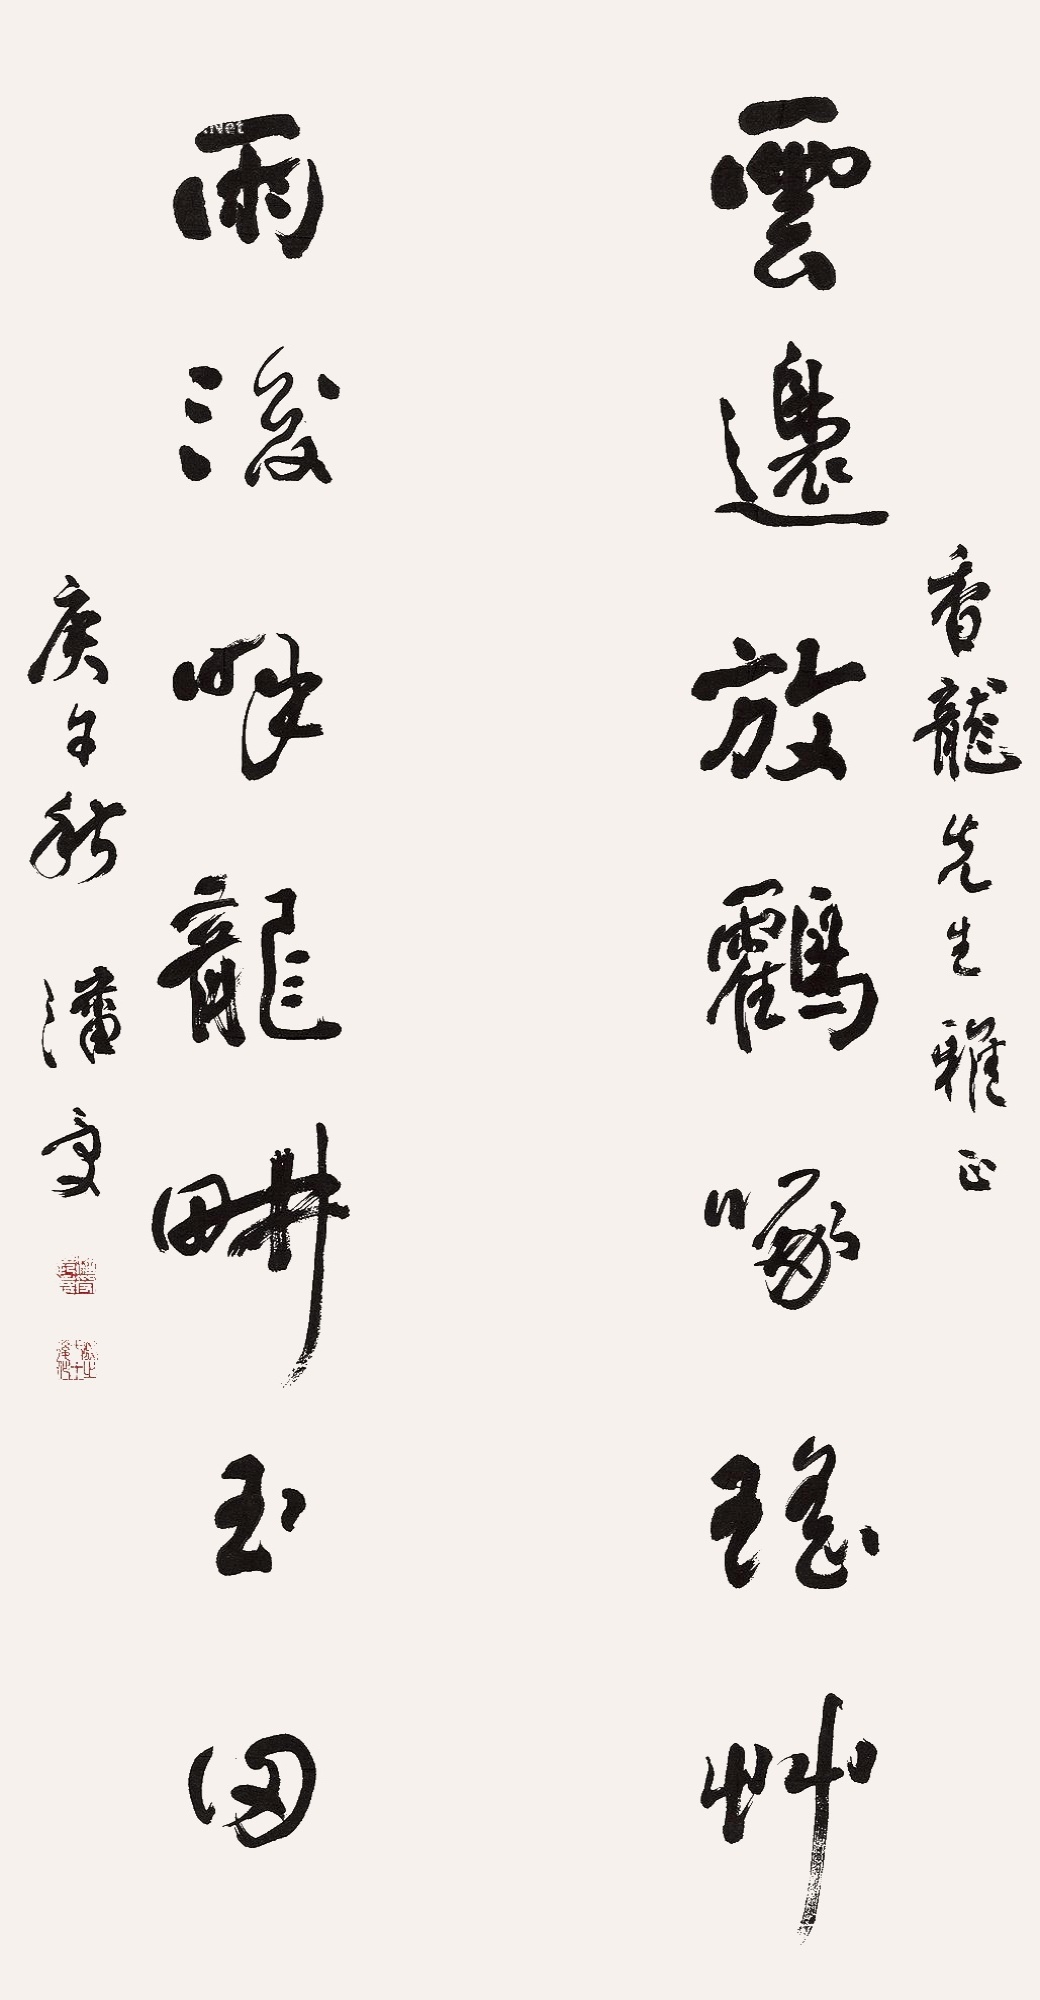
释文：云边放鹤啄瑶草，雨后呼龙耕玉田。香龙先生雅正。庚午秋，潘受。